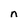
Character: n